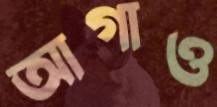
আগাও